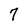
Character: 7